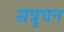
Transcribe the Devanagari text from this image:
सत्रुघन